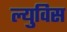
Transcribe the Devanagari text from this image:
ल्युविस